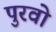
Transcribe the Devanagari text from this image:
पुरवो